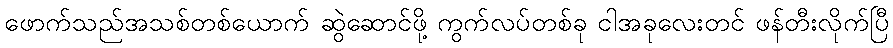
ဖောက်သည်အသစ်တစ်ယောက် ဆွဲဆောင်ဖို့ ကွက်လပ်တစ်ခု ငါအခုလေးတင် ဖန်တီးလိုက်ပြီ